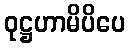
ဝုဋ္ဌဟာမိပိပေ